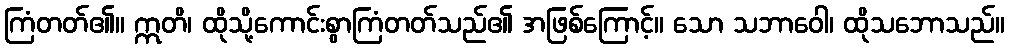
ကြံတတ်၏။ ဣတိ၊ ထိုသို့ကောင်းစွာကြံတတ်သည်၏ အဖြစ်ကြောင့်။ သော သဘာဝေါ၊ ထိုသဘောသည်။